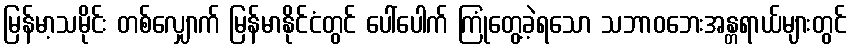
မြန်မာ့သမိုင်း တစ်လျှောက် မြန်မာနိုင်ငံတွင် ပေါ်ပေါက် ကြုံတွေ့ခဲ့ရသော သဘာဝဘေးအန္တရာယ်များတွင်